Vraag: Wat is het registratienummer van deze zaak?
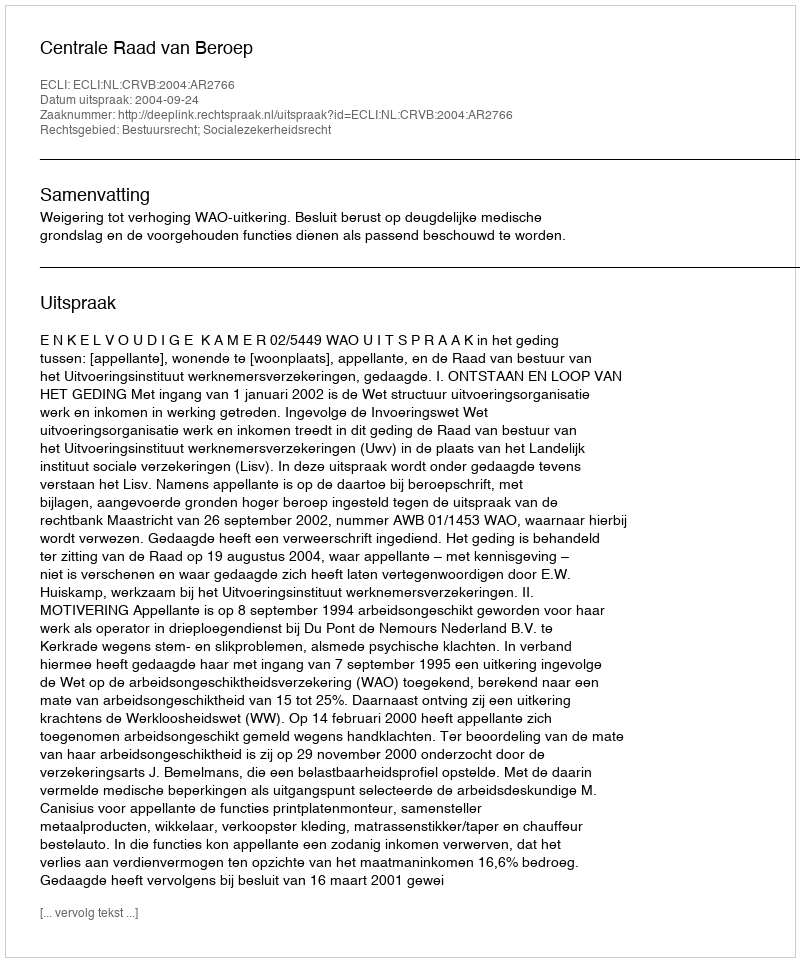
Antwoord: http://deeplink.rechtspraak.nl/uitspraak?id=ECLI:NL:CRVB:2004:AR2766